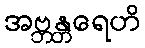
အဗ္ဘန္တရေဟိ